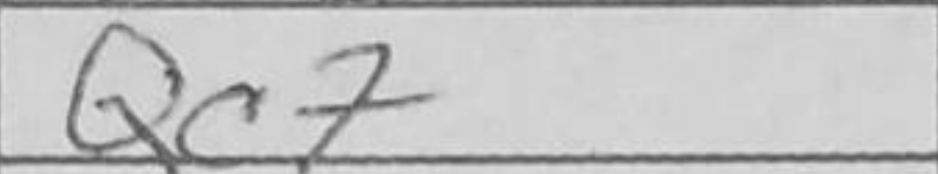
Transcription: Qc7